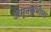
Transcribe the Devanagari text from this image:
अमृतकुंभाला